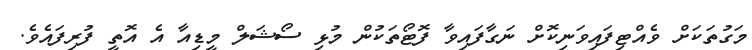
މަގުތަކަށް ވެއްޓިފައިވަނިކޮށް ނަގާފައިވާ ފޮޓޯތަކުން މުޅި ސޯޝަލް މީޑިއާ އެ އޮތީ ފުރިފައެވެ.